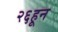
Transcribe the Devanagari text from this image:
२६हून